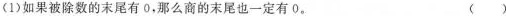
(1)如果被除数的末尾有0，那么商的末尾也一定有0 ( )。